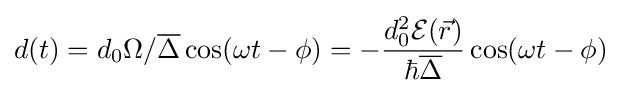
d(t)=d_{0}\Omega /{\overline {\Delta }}\cos(\omega t-\phi )=-{\frac {d_{0}^{2}{\mathcal {E}}({\vec {r}})}{\hbar {\overline {\Delta }}}}\cos(\omega t-\phi )